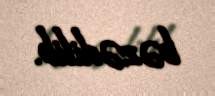
bəzədilib.